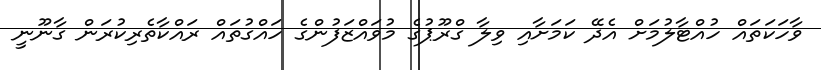
ވާހަކަތައް ހުއްޓާލުމަށް އެދޭ ކަމަށާއި ވިލާ ގްރޫޕުގެ މުވައްޒަފުންގެ ހައްގުތައް ރައްކާތެރިކުރަން ގާނޫނީ